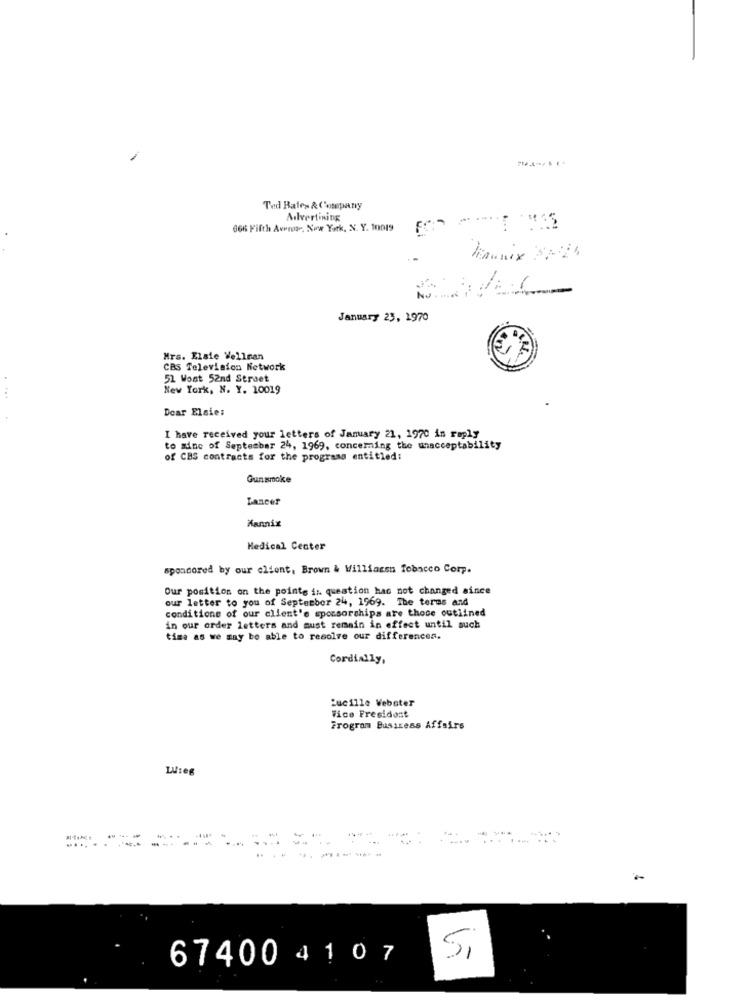
Ted Rales & Company
Advertising
666 Fifth Avenue, New York, N. Y. 10019
: 1
January 23, 1970
Mrs. Elsie Wellman
CBS Television Network
51 Wont 52nd Street
New York, N. Y. 10019
Dear Elsie:
I have received your letters of January 21, 1970 in raply
to sinc of September 24, 1969, concerning the unacceptability
of CBS contracts for the programs entitled:
Gunsmoke
Lancer
Mannix
Medical Center
sponsored by our client, Brown & Williansn Tobacco Corp.
Our position on the points in question hac not changed since
our letter to you of September 24, 1969. The terms and
conditions of our client'e sponsorships are those outlined
in our order letters and must remain in effect until such
time as we may be able to resolve our differences.
Cordially,
Lucille Webster
Fice Fresidont
Program Bussress Affairs
Luseg
67400 410 7
Si